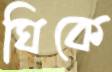
ঘিকে